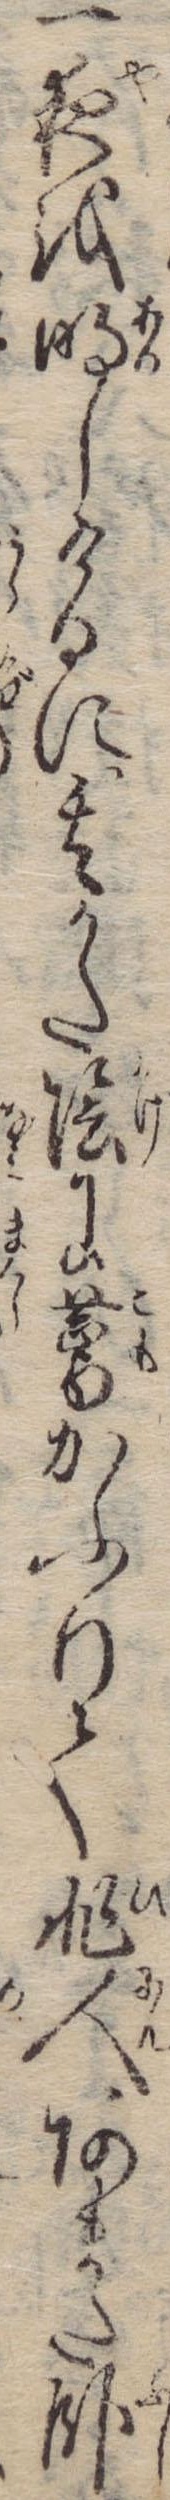
一夜を明しけるに其かた陰に薦かふりて非人あまた臥